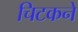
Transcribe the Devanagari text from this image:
चिटकने